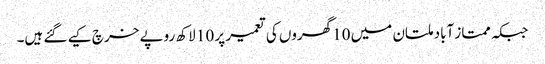
جبکہ ممتاز آباد ملتان میں 10گھروں کی تعمیر پر 10 لاکھ روپے خرچ کیے گئے ہیں۔